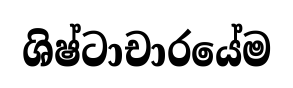
ශිෂ්ටාචාරයේම